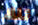
تلك